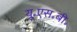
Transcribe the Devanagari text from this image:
यू॰एस॰बी॰